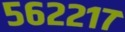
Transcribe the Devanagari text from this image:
५६२२१७